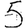
Digit: 5